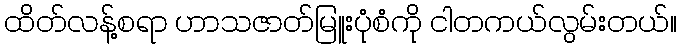
ထိတ်လန့်စရာ ဟာသဇာတ်မြူးပုံစံကို ငါတကယ်လွမ်းတယ်။